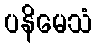
ပနိမေသံ